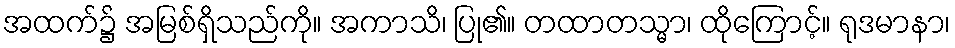
အထက်၌ အမြစ်ရှိသည်ကို။ အကာသိ၊ ပြု၏။ တထာတသ္မာ၊ ထိုကြောင့်။ ရုဒမာနာ၊